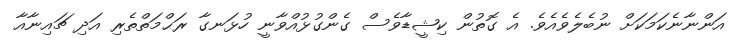
އަންނާނެކަމަކަށް ނުބެލެވެއެވެ. އެ ގޮތުން ކިޝީޑާވެސް ގެންގުޅުއްވާނީ ހުޅަނގާ ރަޙްމަތްތެރި އަދި ޗައިނާއާ